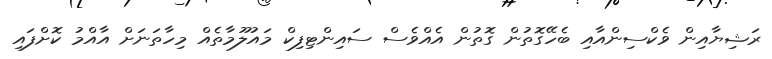
ރަޝިޔާއިން ވެކްސިންއާއި ބެހޭގޮތުން ގޮތުން އެއްވެސް ސައިންޓިފިކް މައުލޫމާތެއް މިހާތަނަށް އާއްމު ކޮށްފައި